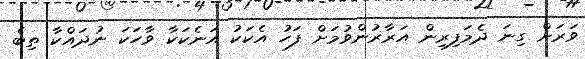
ވަރަށް ގިނަ ދެމަފިރިން އަރާރުންވުމަށް ފަހު އެކަކު އަނެކަކާ ވާހަކަ ނުދައްކާ ތިބެ